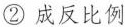
②成反比例